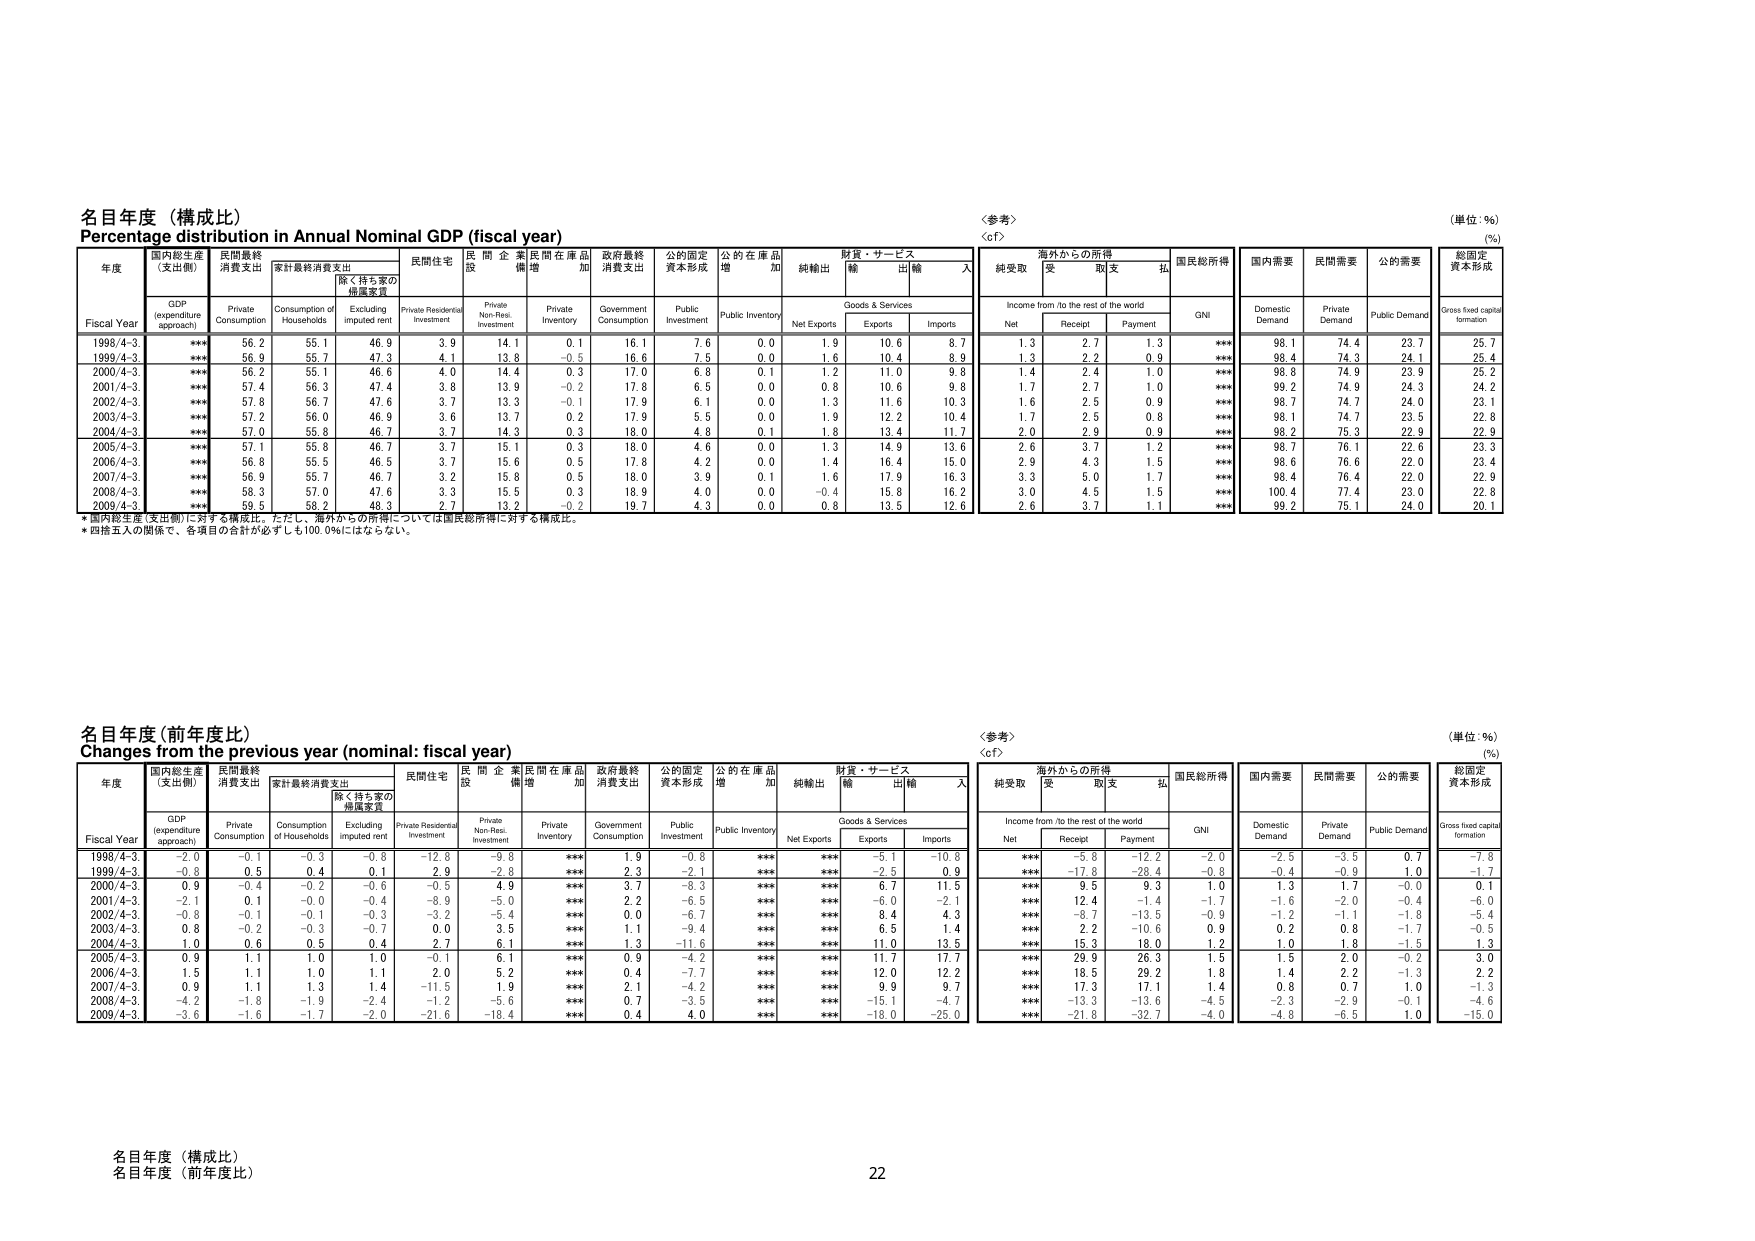
名目年度（構成比）
Percentage distribution in Annual Nominal GDP (fiscal year)
（単位：％）
（％）

年度
Fiscal Year
国内総生産（支出側）
GDP (expenditure approach)
民間最終消費支出
Private Consumption
家計最終消費支出
Consumption of Households
除く持ち家の帰属家賃
Excluding imputed rent
民間住宅
Private Residential Investment
民間企業設備
Private Non-Res. Investment
民間在庫品増加
Private Inventory
政府最終消費支出
Government Consumption
公的固定資本形成
Public Investment
公的在庫品増加
Public Inventory
純輸出
Net Exports
財貨・サービス
Goods & Services
輸出
Exports
輸入
Imports
〈参考〉
〈cf〉
海外からの所得
Income from /to the rest of the world
純受取
Net
受取
Receipt
支払
Payment
国民総所得
GNI
国内需要
Domestic Demand
民間需要
Private Demand
公的需要
Public Demand
総固定資本形成
Gross fixed capital formation

1998/4-3
***
56.2
55.1
46.9
3.9
14.1
0.1
16.1
7.6
0.0
1.9
10.6
8.7
1.3
2.7
1.3
***
98.1
74.4
23.7
25.7

1999/4-3
***
56.9
55.7
47.3
4.1
13.8
-0.5
16.6
7.5
0.0
1.6
10.4
8.9
1.3
2.2
0.9
***
98.4
74.3
24.1
25.4

2000/4-3
***
56.2
55.1
46.6
4.0
14.4
0.3
17.0
6.8
0.1
1.2
11.0
9.8
1.4
2.4
1.0
***
98.8
74.9
23.9
25.2

2001/4-3
***
57.4
56.3
47.4
3.8
13.9
-0.2
17.8
6.5
0.0
0.8
10.6
9.8
1.7
2.7
1.0
***
99.2
74.9
24.3
24.2

2002/4-3
***
57.8
56.7
47.6
3.7
13.3
-0.1
17.9
6.1
0.0
1.3
11.6
10.3
1.6
2.5
0.9
***
98.7
74.7
24.0
23.1

2003/4-3
***
57.2
56.0
46.9
3.6
13.7
0.2
17.9
5.5
0.0
1.9
12.2
10.4
1.7
2.5
0.8
***
98.1
74.7
23.5
22.8

2004/4-3
***
57.0
55.8
46.7
3.7
14.3
0.3
18.0
4.8
0.1
1.8
13.4
11.7
2.0
2.9
0.9
***
98.2
75.3
22.9
22.9

2005/4-3
***
57.1
55.8
46.7
3.7
15.1
0.3
18.0
4.6
0.0
1.3
14.9
13.6
2.6
3.7
1.2
***
98.7
76.1
22.6
23.3

2006/4-3
***
56.8
55.5
46.5
3.7
15.6
0.5
17.8
4.2
0.0
1.4
16.4
15.0
2.9
4.3
1.5
***
98.6
76.6
22.0
23.4

2007/4-3
***
56.9
55.7
46.7
3.2
15.8
0.5
18.0
3.9
0.1
1.6
17.9
16.3
3.3
5.0
1.7
***
98.4
76.4
22.0
22.9

2008/4-3
***
58.3
57.0
47.6
3.3
15.5
0.3
18.9
4.0
0.0
-0.4
15.8
16.2
3.0
4.5
1.5
***
100.4
77.4
23.0
22.8

2009/4-3
***
59.5
58.2
48.3
2.7
13.2
-0.2
19.7
4.3
0.0
0.8
13.5
12.6
2.6
3.7
1.1
***
99.2
75.1
24.0
20.1

* 国内総生産（支出側）に対する構成比。ただし、海外からの所得については国民総所得に対する構成比。
* 四捨五入の関係で、各項目の合計が必ずしも100.0％にはならない。

名目年度（前年度比）
Changes from the previous year (nominal: fiscal year)
（単位：％）
（％）

年度
Fiscal Year
国内総生産（支出側）
GDP (expenditure approach)
民間最終消費支出
Private Consumption
家計最終消費支出
Consumption of Households
除く持ち家の帰属家賃
Excluding imputed rent
民間住宅
Private Residential Investment
民間企業設備
Private Non-Res. Investment
民間在庫品増加
Private Inventory
政府最終消費支出
Government Consumption
公的固定資本形成
Public Investment
公的在庫品増加
Public Inventory
純輸出
Net Exports
財貨・サービス
Goods & Services
輸出
Exports
輸入
Imports
〈参考〉
〈cf〉
海外からの所得
Income from /to the rest of the world
純受取
Net
受取
Receipt
支払
Payment
国民総所得
GNI
国内需要
Domestic Demand
民間需要
Private Demand
公的需要
Public Demand
総固定資本形成
Gross fixed capital formation

1998/4-3
-2.0
-0.1
-0.3
-0.8
-12.8
-9.8
***
1.9
-0.8
***
***
-5.1
-10.8
***
-5.8
-12.2
-2.0
-2.8
-3.5
0.7
-7.8

1999/4-3
-0.8
0.5
0.4
0.1
2.9
-2.6
***
2.3
-2.1
***
***
-2.5
0.9
***
-17.8
-28.4
-0.8
-0.4
-0.9
1.0
-1.7

2000/4-3
0.9
-0.4
-0.2
-0.6
-0.5
4.9
***
3.7
-8.3
***
***
6.7
11.5
***
9.5
9.3
1.0
1.3
1.7
-0.0
0.1

2001/4-3
-2.1
0.1
-0.0
-0.4
-8.9
-5.0
***
2.2
-6.5
***
***
-6.0
-2.1
***
12.4
-1.4
-1.7
-1.6
-2.0
-0.4
-6.0

2002/4-3
-0.8
-0.1
-0.1
-0.3
-3.2
-5.4
***
0.0
-6.7
***
***
8.4
4.3
***
-8.7
-13.5
-0.9
-1.2
-1.1
-1.8
-5.4

2003/4-3
0.8
-0.2
-0.3
-0.7
0.0
3.5
***
1.1
-9.4
***
***
6.5
1.4
***
2.2
-10.6
0.9
0.2
0.8
-1.7
-0.5

2004/4-3
1.0
0.6
0.5
0.4
2.7
6.1
***
1.3
-11.6
***
***
11.0
13.5
***
15.3
18.0
1.2
1.0
1.8
-1.5
1.3

2005/4-3
0.9
1.1
1.0
1.0
-0.1
6.1
***
0.9
-4.2
***
***
11.7
17.7
***
29.9
26.3
1.5
1.5
2.0
-0.2
3.0

2006/4-3
1.5
1.1
1.0
1.1
-2.0
5.2
***
0.4
-7.7
***
***
12.0
12.2
***
18.5
29.2
1.8
1.4
2.2
-1.3
2.2

2007/4-3
0.9
1.1
1.3
1.4
-11.5
1.9
***
2.1
-4.2
***
***
9.9
9.7
***
17.3
17.1
1.4
0.8
0.7
1.0
-1.3

2008/4-3
-4.2
-1.8
-1.9
-3.2
-1.2
-5.6
***
0.7
-3.5
***
***
-15.1
-4.7
***
-13.3
-13.6
-4.5
-2.3
-2.9
-0.1
-4.6

2009/4-3
-3.6
-1.6
-1.7
-2.0
-21.6
-18.4
***
0.4
4.0
***
***
-18.0
-25.0
***
-21.8
-32.7
-4.0
-4.8
-6.5
1.0
-15.0

名目年度（構成比）
名目年度（前年度比）
22